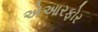
એઆરફોર